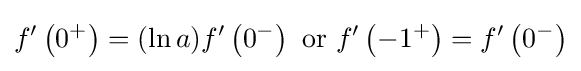
f^{\prime }\left(0^{+}\right)=(\ln a)f^{\prime }\left(0^{-}\right){\text{ or }}f^{\prime }\left(-1^{+}\right)=f^{\prime }\left(0^{-}\right)